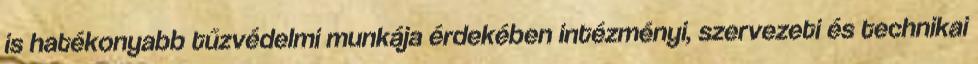
is hatékonyabb tűzvédelmi munkája érdekében intézményi, szervezeti és technikai